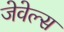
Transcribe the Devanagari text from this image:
जेवेल्स